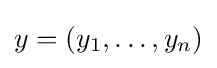
\textstyle y=(y_{1},\ldots ,y_{n})